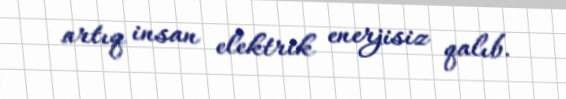
artıq insan elektrik enerjisiz qalıb.